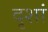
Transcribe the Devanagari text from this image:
दृशां